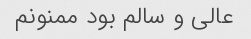
عالی و سالم بود ممنونم